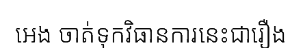
អេង ចាត់ទុកវិធានការនេះជារឿង